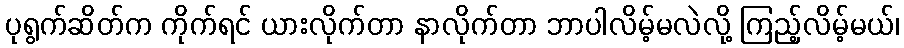
ပုရွက်ဆိတ်က ကိုက်ရင် ယားလိုက်တာ နာလိုက်တာ ဘာပါလိမ့်မလဲလို့ ကြည့်လိမ့်မယ်၊